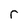
Character: r